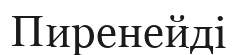
Пиренейді